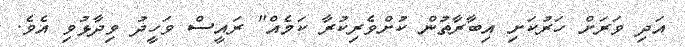
އަދި ވަރަށް ހަރުކަށި އިބާރާތުން ކުށްވެރިކުރާ ކަމެއް" ރައީސް ވަހީދު ވިދާޅުވި އެވެ.